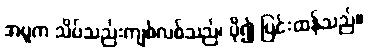
အပူက သိပ်သည်းကျစ်လစ်သည်၊ ပို၍ ပြင်းထန်သည်။